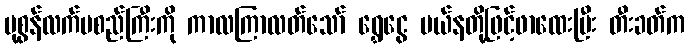
ပုစွန်လက်မစည်ကြီးကို ကာလကြာလတ်သော် ရွှေငွေ မယ်နတို့ဖြင့်ဖာထေးပြီး တီးခတ်က